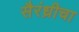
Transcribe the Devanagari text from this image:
सैरंध्रीचा